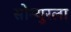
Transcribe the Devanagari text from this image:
सोस्युरला